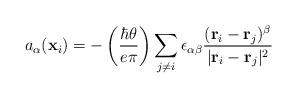
LaTeX: \begin{align*}a_\alpha({\bf x}_i)=-\left({\hbar\theta\over e\pi}\right)\sum_{j\ne i}\epsilon_{\alpha\beta}{({\bf r}_i-{\bf r}_j)^\beta\over\vert{\bf r}_i-{\bf r}_j\vert^2}\end{align*}